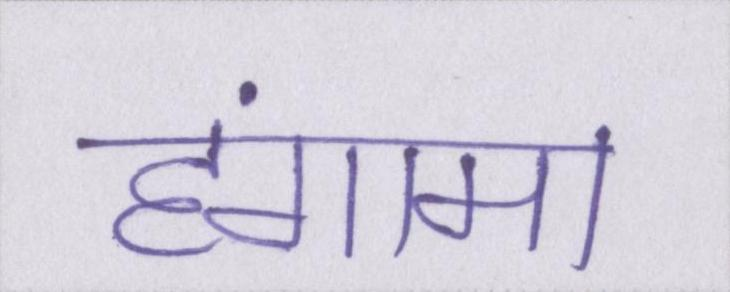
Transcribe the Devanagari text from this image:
हंगामा